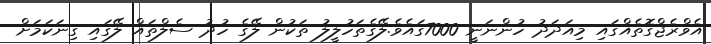
އެވްރެޖްގޮތެއްގައި މިއަދަދު ހުންނަނީ 7000ގައެވެ.ލޭގެތަހުލީލު ތަކުން ލޭގެ ހުދު ސެލްތައް ލޭގައި ގިނަކަމަށް